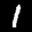
Label: 1